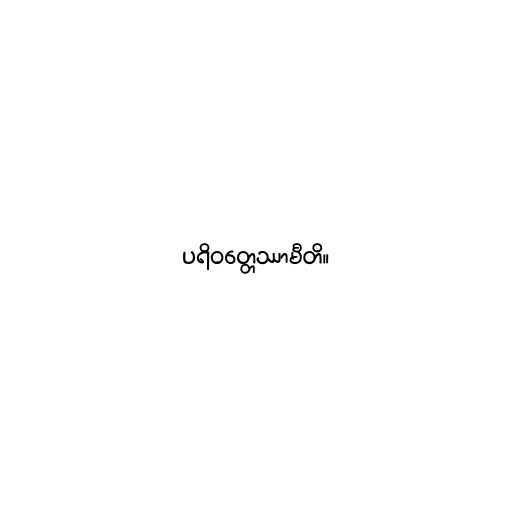
ပရိဝတ္တေဿာမီတိ။